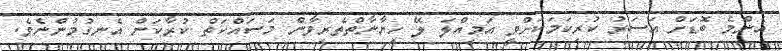
އެންމެ ބޮޑަށް އަސަރު ކުރިކަމަކަށްވީ އަމިއްލަ ލޭ ހިޔާނާތްތެރިވާން މަސައްކަތް ކުރާކަން އެނގުމުންނެވެ.